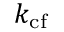
k _ { \mathrm { c f } }